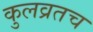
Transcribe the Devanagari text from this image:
कुलव्रतच